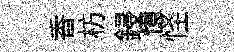
香枋鋟憶怪